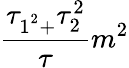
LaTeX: \frac{\tau_{1^{^{2}}+}\tau_{2}^{2}}{\tau}m^{2}